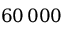
6 0 \, 0 0 0